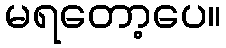
မရတော့ပေ။